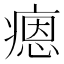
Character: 𤹕